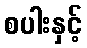
စပါးနှင့်